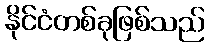
နိုင်ငံတစ်ခုဖြစ်သည်